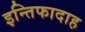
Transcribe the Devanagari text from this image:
इन्तिफादाह